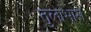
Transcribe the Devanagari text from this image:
तुलाभारों